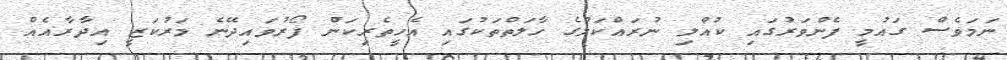
ނަމަވެސް ގައުމީ ފެންވަރުގައި ކުއްލި ނުރައްކަލުގެ ހާލަތްތަކުގައި އެހީތެރިކަން ފޯރުވައިދޭނެ މަރުކަޒީ އިދާރާއެއް